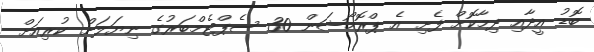
ބޮޑު އީދާއި ދިމާކޮށް ފެށި އެ ޕްރޮމޯޝަން 30 ސެޕްޓެމްބަރުގެ ނިޔަލަށް ކުރިއަށް